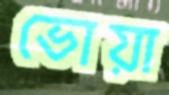
ভোয়া